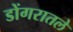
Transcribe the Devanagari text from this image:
डोंगरातले